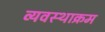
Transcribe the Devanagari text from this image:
व्यवस्थाक्रम